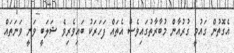
އެގޮތުން ގައުމީ ގުރުއާން މުބާރާތުގައިވެސް އެތައް ފަހަރަކު ބައިވެރިވެ ޝަލަބީ ވަނީ ވަނަތައް